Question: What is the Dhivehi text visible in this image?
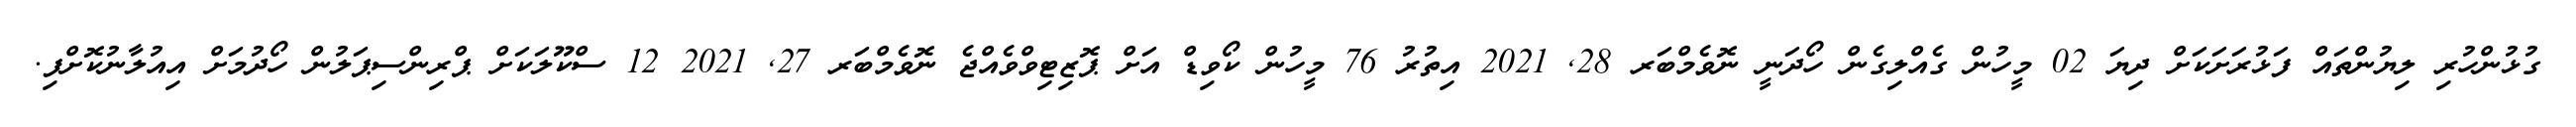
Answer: ގުޅުންހުރި ލިޔުންތައް ފަޅުރަށަކަށް ދިޔަ 02 މީހުން ގެއްލިގެން ހޯދަނީ ނޮވެމްބަރ 28, 2021 އިތުރު 76 މީހުން ކޯވިޑް އަށް ޕޮޒިޓިވްވެއްޖެ ނޮވެމްބަރ 27, 2021 12 ސްކޫލަކަށް ޕްރިންސިޕަލުން ހޯދުމަށް އިއުލާނުކޮށްފި.